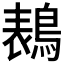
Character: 𱈭